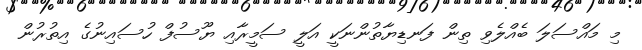
މި މައްސަލަ ބެއްލެވި ތިން ފަނޑިޔާތުންނަކީ އަލީ ސަމީރާއި ޔޫސުފް ހުސައިނުގެ އިތުރުން